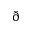
\eth